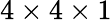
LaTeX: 4\times 4\times 1